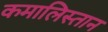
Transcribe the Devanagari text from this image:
कमालिस्तान